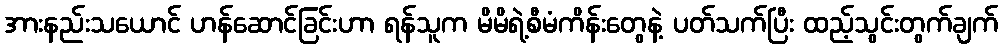
အားနည်းသယောင် ဟန်ဆောင်ခြင်းဟာ ရန်သူက မိမိရဲ့စီမံကိန်းတွေနဲ့ ပတ်သက်ပြီး ထည့်သွင်းတွက်ချက်